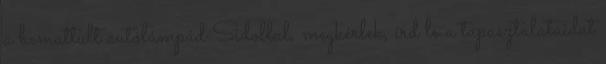
a bemattult autólámpád Sidollal, megkérlek, írd le a tapasztalataidat